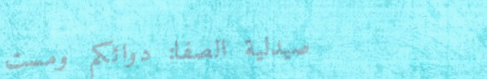
صيدلية الصفا: دوائكم ومست